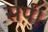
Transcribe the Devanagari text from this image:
सर्प।